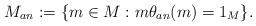
LaTeX: \begin{align*}M_{{an}} :=\{ m\in M : m \theta_{an} (m) = 1_M \}.\end{align*}